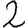
Digit: 2